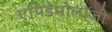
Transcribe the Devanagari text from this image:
एपिडेमोलॉजी